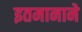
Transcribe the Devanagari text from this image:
इतमानाने